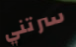
سرتني